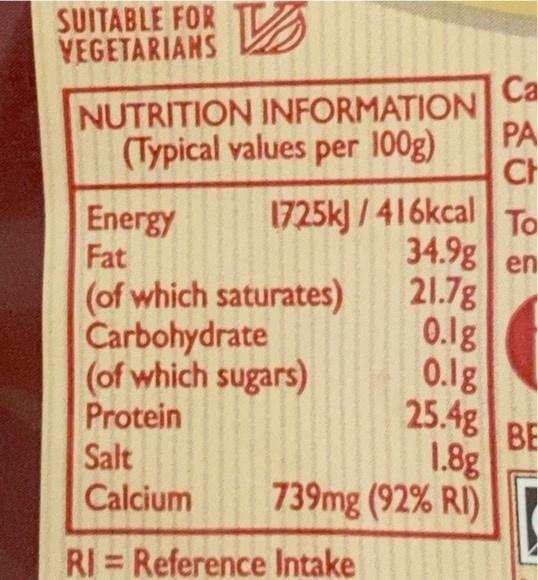
SUITABLE FOR YEGETARIANS
Са
NUTRITION INFORMATION
PA
(Typical values per 100g)
CH 1725k) / 416kcal To 34.9g 21.7g 0.1g 0.1g 25.4g BE 1.8g 739mg (92% RI)
Energy Fat
en
(of which saturates) Carbohydrate (of which sugars) Protein Salt Calcium
RI = Reference Intake